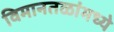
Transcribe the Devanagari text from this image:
विमानतळांमध्ये